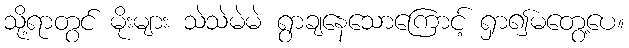
သို့ရာတွင် မိုးများ သဲသဲမဲမဲ ရွာချနေသောကြောင့် ရှာ၍မတွေ့ပေ။